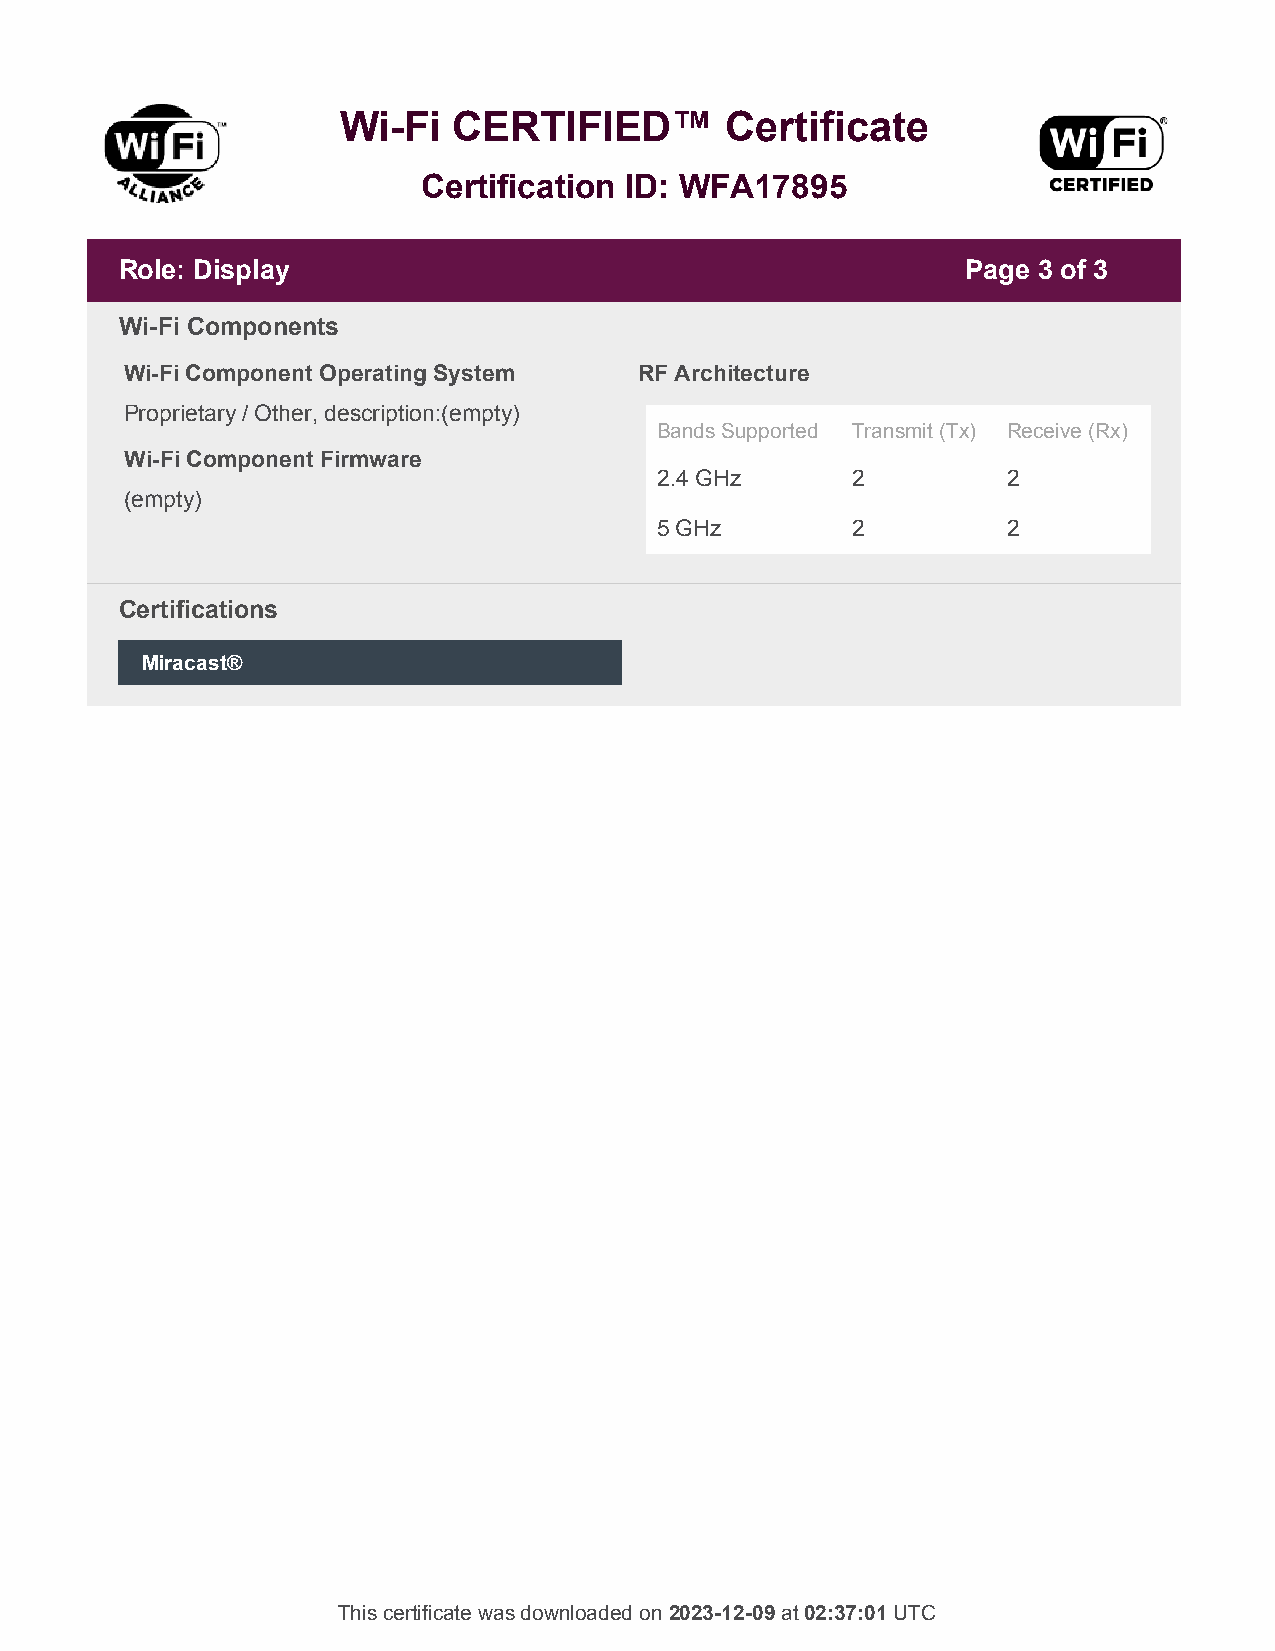
Wi-Fi   CERTIFIED™        Certificate
 Certification ID: WFA17895
 Role: Display                                           Page 3 of 3
 Wi-Fi Components
 Wi-Fi Component Operating System  RF Architecture
 Proprietary / Other, description:(empty)
 Bands Supported Transmit (Tx) Receive (Rx)
 Wi-Fi Component Firmware
 2.4 GHz     2          2
 (empty)
 5 GHz       2          2
 Certifications
 Miracast®
 This certificate was downloaded on 2023-12-09 at 02:37:01 UTC